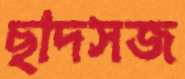
ছাদসজ